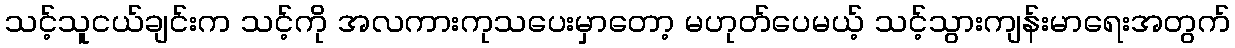
သင့်သူငယ်ချင်းက သင့်ကို အလကားကုသပေးမှာတော့ မဟုတ်ပေမယ့် သင့်သွားကျန်းမာရေးအတွက်